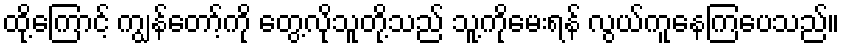
ထို့ကြောင့် ကျွန်တော့်ကို တွေ့လိုသူတို့သည် သူ့ကိုမေးရန် လွယ်ကူနေကြပေသည်။